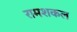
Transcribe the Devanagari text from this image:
रामशकल